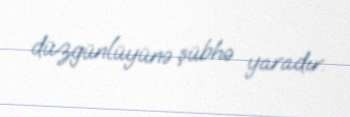
düzgünlüyünə şübhə yaradır.